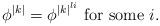
LaTeX: \begin{align*} \phi^{|k|} = \phi^{{|k|}^{li}} \textnormal{ for some }i. \end{align*}